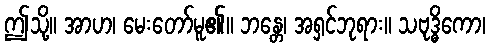
ဤသို့။ အာဟ၊ မေးတော်မူ၏။ ဘန္တေ၊ အရှင်ဘုရား။ သဗုဒ္ဓိကော၊